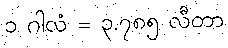
၁ ဂါလံ = ၃.၇၈၅ လီတာ